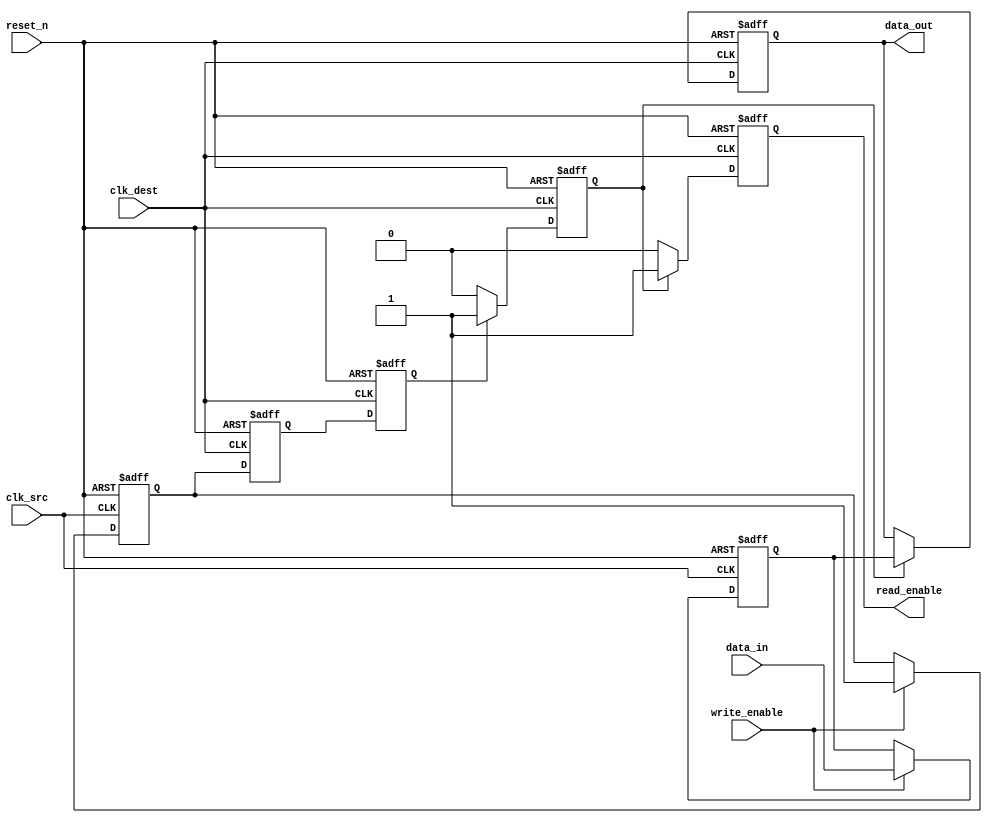
module memory_blocks_handshake_synchronizer (
    input wire clk_src,            // Source clock
    input wire clk_dest,           // Destination clock
    input wire reset_n,            // Active low asynchronous reset
    input wire [7:0] data_in,      // Input data from source clock domain
    input wire write_enable,        // Write enable signal
    output reg [7:0] data_out,     // Synchronized data output
    output reg read_enable          // Read enable signal
);

    // Internal signals for handshake
    reg data_ready;                // Indicates data is ready to be read
    reg ack;                       // Acknowledgment signal from destination domain

    // Synchronization registers
    reg data_ready_sync_1, data_ready_sync_2;
    reg ack_sync_1, ack_sync_2;

    // Capture data and write_enable on rising edge of clk_src
    reg [7:0] latched_data;
    
    always @(posedge clk_src or negedge reset_n) begin
        if (!reset_n) begin
            latched_data <= 8'b0;
            data_ready <= 1'b0;
        end else if (write_enable) begin
            latched_data <= data_in;  // Latch data
            data_ready <= 1'b1;        // Set data ready
        end
    end

    // Synchronize data_ready to the destination clock domain
    always @(posedge clk_dest or negedge reset_n) begin
        if (!reset_n) begin
            data_ready_sync_1 <= 1'b0;
            data_ready_sync_2 <= 1'b0;
            ack <= 1'b0;
        end else begin
            data_ready_sync_1 <= data_ready;  // First stage of synchronization
            data_ready_sync_2 <= data_ready_sync_1; // Second stage of synchronization

            if (data_ready_sync_2) begin
                ack <= 1'b1; // Assert acknowledgment when data is ready
            end else if (ack) begin
                ack <= 1'b0; // Reset acknowledgment when data is read
            end
        end
    end

    // Transfer data and manage read_enable signal
    always @(posedge clk_dest or negedge reset_n) begin
        if (!reset_n) begin
            data_out <= 8'b0;
            read_enable <= 1'b0;
        end else if (ack) begin
            data_out <= latched_data; // Transfer latched data
            read_enable <= 1'b1;      // Indicate data is read
        end else begin
            read_enable <= 1'b0;      // Reset read enable if not reading
        end
    end

endmodule